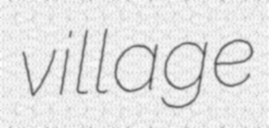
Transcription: village